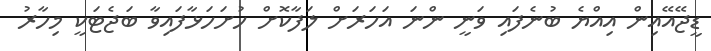
ޑީޖޭއޭއިން އިއްޔެ ބުނެފައި ވަނީ ންނަ އަހަރަށް ލަފާކޮށް ހުށަހަޅާފައިވާ ބަޖެޓަކީ މިހާރު